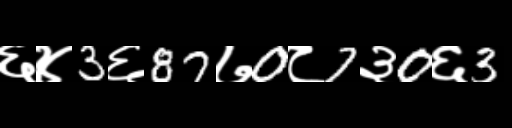
Text: ६४3६87७0८7३0६3